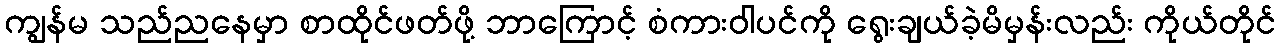
ကျွန်မ သည်ညနေမှာ စာထိုင်ဖတ်ဖို့ ဘာကြောင့် စံကားဝါပင်ကို ရွေးချယ်ခဲ့မိမှန်းလည်း ကိုယ်တိုင်